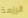
الرزمة